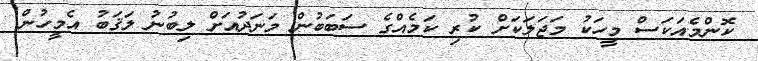
ކޮންމެއަކަސް މީހަކު މަޖަލަކަށް ކުރި ކަމެއްގެ ސަބަބުން މަނަދުއަށް ލިބުނު ލަޤަބު އެމީހުން